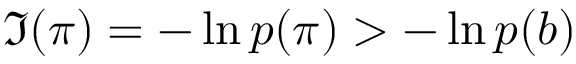
\mathfrak { I } ( \pi ) = - \ln p ( \pi ) > - \ln p ( b )